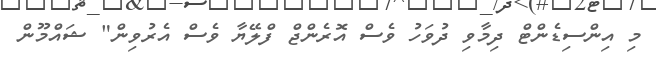
މި އިންސިޑެންޓް ދިމާވި ދުވަހު ވެސް އޮރެންޖް ފްލޭޔާ ވެސް އެރުވިން" ޝައްމޫން